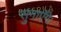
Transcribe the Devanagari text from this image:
सुनाएँगे।